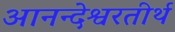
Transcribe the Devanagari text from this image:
आनन्देश्वरतीर्थ